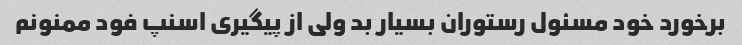
برخورد خود مسئول رستوران بسیار بد ولی از پیگیری اسنپ فود ممنونم